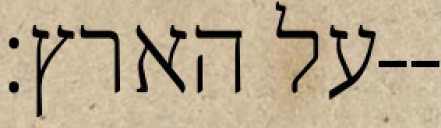
על הארץ׃--